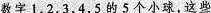
数字1，2，3，4，5的5个小球，这些